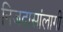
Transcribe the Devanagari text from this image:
निजदासांलागी